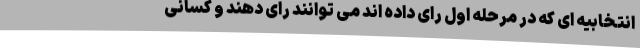
انتخابیه ای که در مرحله اول رای داده اند می توانند رای دهند و کسانی